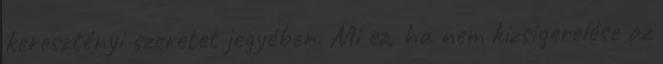
keresztényi szeretet jegyében. Mi ez, ha nem kizsigerelése az